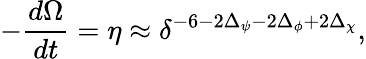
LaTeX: -\frac{d\Omega}{dt}=\eta\approx\delta^{-6-2\Delta_{\psi}-2\Delta_{\phi}+2\Delta_{\chi}},